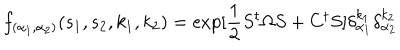
f _ { ( \alpha _ { 1 } , \alpha _ { 2 } ) } ( s _ { 1 } , s _ { 2 } , k _ { 1 } , k _ { 2 } ) = \exp [ \frac { 1 } { 2 } S ^ { t } \Omega S + C ^ { t } S ] \delta _ { \alpha _ { 1 } } ^ { k _ { 1 } } \delta _ { \alpha _ { 2 } } ^ { k _ { 2 } }